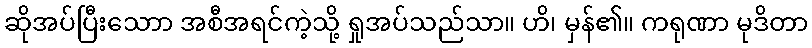
ဆိုအပ်ပြီးသောာ အစီအရင်ကဲ့သို့ ရှုအပ်သည်သာ။ ဟိ၊ မှန်၏။ ကရုဏာ မုဒိတာ